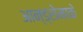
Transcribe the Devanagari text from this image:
आन्ड्रोमाके